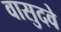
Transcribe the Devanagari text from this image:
वासुदवे